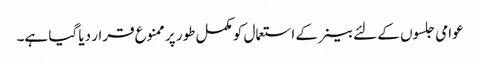
عوامی جلسوں کے لئے بینر کے استعمال کو مکمل طور پر ممنوع قرار دیا گیا ہے۔